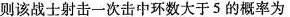
则该战士射击一次击中环数大于5的概率为